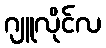
ဂျူလိုင်လ